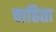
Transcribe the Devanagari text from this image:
चाहिता